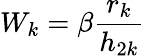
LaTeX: W_{k}=\beta\frac{r_{k}}{h_{2k}}